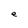
Character: e